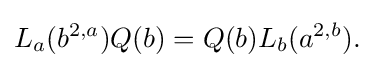
\displaystyle {L_{a}(b^{2,a})Q(b)=Q(b)L_{b}(a^{2,b}).}